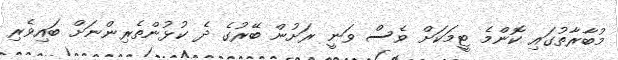
މުބާރާތުގައި ކޮންމެ ޓީމަކަށް ވެސް ވަނީ ރަށުން ބޭރުގެ ދެ ކުޅުންތެރިންނަށް ބައިވެރި